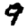
Digit: 9